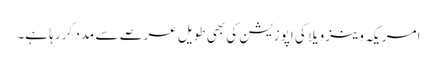
امریکہ وینزویلا کی اپوزیشن کی بھی طویل عرصے سے مدد کر رہا ہے۔